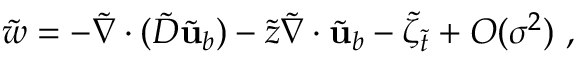
\tilde { w } = - \tilde { \nabla } \cdot ( \tilde { D } \tilde { \mathbf { u } } _ { b } ) - \tilde { z } \tilde { \nabla } \cdot \tilde { \mathbf { u } } _ { b } - \tilde { \zeta } _ { \tilde { t } } + O ( \sigma ^ { 2 } ) \ ,